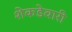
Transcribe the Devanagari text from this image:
शेकडेवारी